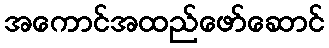
အကောင်အထည်ဖော်ဆောင်